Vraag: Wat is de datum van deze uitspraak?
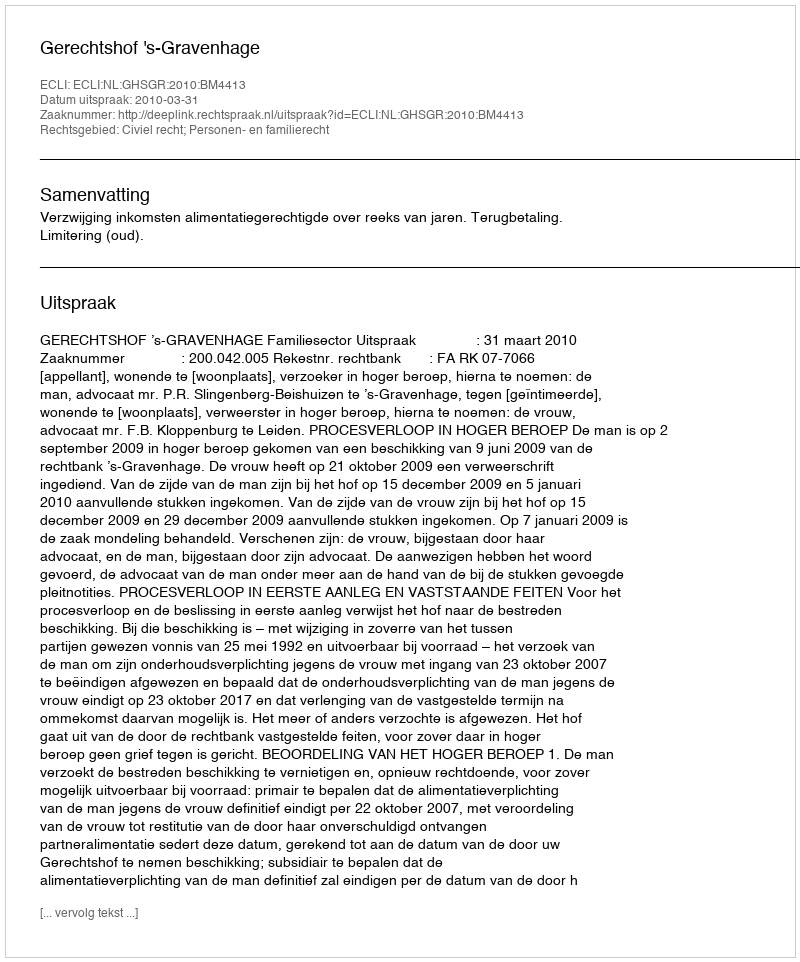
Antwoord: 2010-03-31